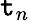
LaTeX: \mathtt{t}_{n}